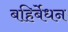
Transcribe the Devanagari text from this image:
बहिर्बेधन